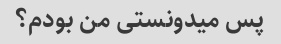
پس میدونستی من بودم؟